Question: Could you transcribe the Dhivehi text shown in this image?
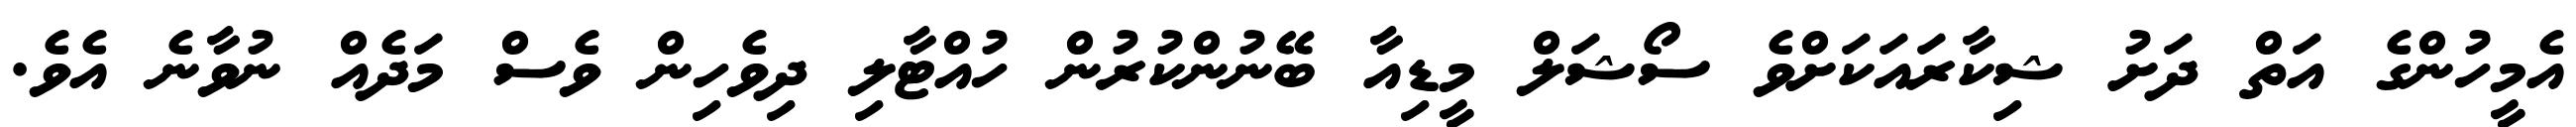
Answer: އެމީހުންގެ އަތް ދަށު ޝިކާރައަކަށްވެ ސޯޝަލް މީޑިއާ ބޭނުންކުރުން ހުއްޓާލި ދިވެހިން ވެސް މަދެއް ނުވާނެ އެވެ.